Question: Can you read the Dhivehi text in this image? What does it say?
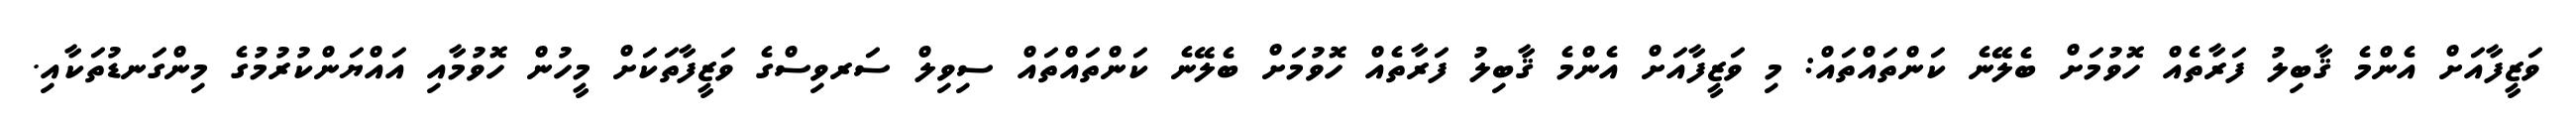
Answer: ވަޒީފާއަށް އެންމެ ޤާބިލު ފަރާތެއް ހޮވުމަށް ބެލޭނެ ކަންތައްތައް: މި ވަޒީފާއަށް އެންމެ ޤާބިލު ފަރާތެއް ހޮވުމަށް ބެލޭނެ ކަންތައްތައް ސިވިލް ސަރވިސްގެ ވަޒީފާތަކަށް މީހުން ހޮވުމާއި އައްޔަންކުރުމުގެ މިންގަނޑުތަކާއި.